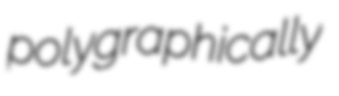
polygraphically